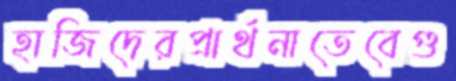
হাজিদেরপ্রার্থনাতেবেগু